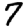
Digit: 7